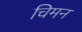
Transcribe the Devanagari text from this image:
चिमन